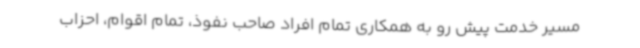
مسیر خدمت پیش رو به همکاری تمام افراد صاحب نفوذ، تمام اقوام، احزاب